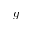
g